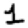
Digit: 1